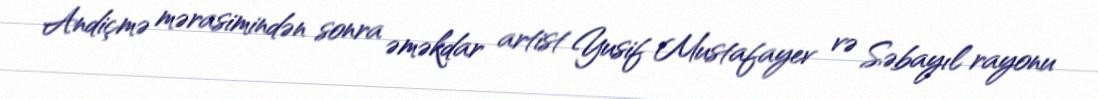
Andiçmə mərasimindən sonra əməkdar artist Yusif Mustafayev və Səbayıl rayonu